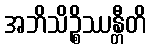
အဘိသိဉ္စိဿန္တီတိ